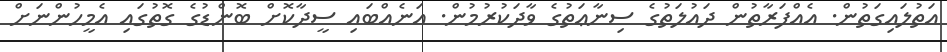
އަތުލައިގަތުން. އެއްފަރާތުން ދައުލަތުގެ ސިނާޢަތުގެ ވާދަކުރުމުން. އަނެއްބައި ސީދާކޮށް ބޮންޑުގެ ގޮތުގައި އެމީހުންނަށް